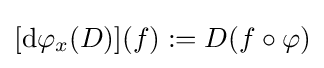
[\mathrm {d} {\varphi }_{x}(D)](f):=D(f\circ \varphi )